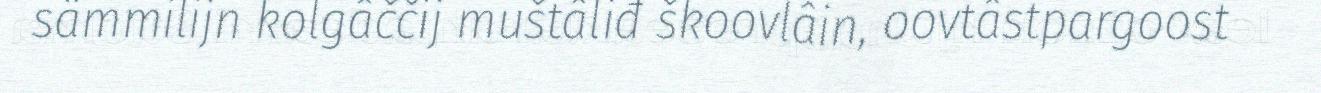
sämmilijn kolgâččij muštâliđ škoovlâin, oovtâstpargoost